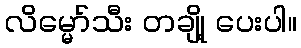
လိမ္မော်သီး တချို့ ပေးပါ။